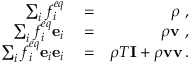
\begin{array} { r l r } { \sum _ { i } f _ { i } ^ { e q } } & { { } = } & { \rho \ , } \\ { \sum _ { i } f _ { i } ^ { e q } \mathbf { e } _ { i } } & { { } = } & { \rho \mathbf { v } \ , } \\ { \sum _ { i } f _ { i } ^ { e q } \mathbf { e } _ { i } \mathbf { e } _ { i } } & { { } = } & { \rho T \mathbf { I } + \rho \mathbf { v } \mathbf { v } \, . } \end{array}